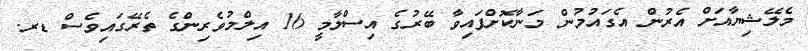
މެލޭޝިޔާއަށް އެރުން އެގައުމުން މަނާކޮށްފައިވާ ބޭރުގެ އިސްލާމީ 16 އިލްމުވެރިންގެ ތެރޭގައިވެސް ޑރ.